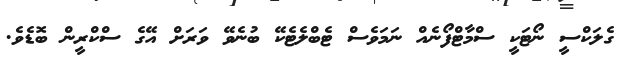
ގެލަކްސީ ނޯޓަކީ ސްމާޓްފޯނެއް ނަމަވެސް ޓެބްލެޓެކޭ ބުނެވޭ ވަރަށް އޭގެ ސްކްރީން ބޮޑެވެ.